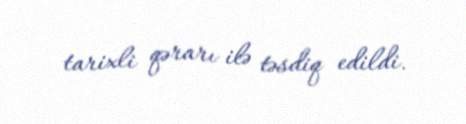
tarixli qərarı ilə təsdiq edildi.